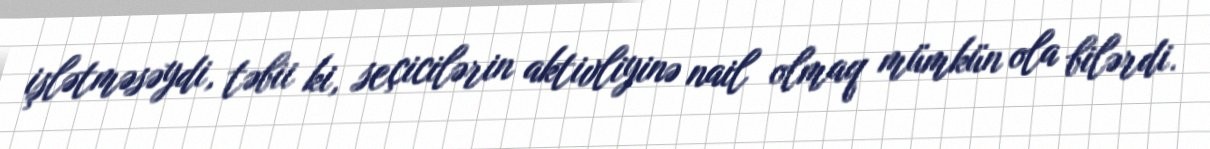
işlətməsəydi, təbii ki, seçicilərin aktivliyinə nail olmaq mümkün ola bilərdi.